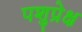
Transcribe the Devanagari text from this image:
पशुप्रेक्ष